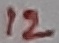
Text: 12